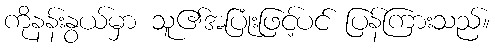
ကိုနန်းနွယ်မှာ သူ၏အပြုံးဖြင့်ပင် ပြန်ကြားသည်။